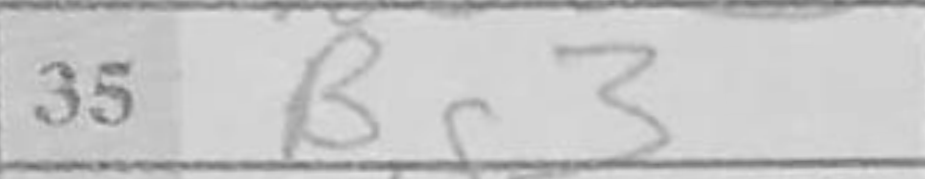
Transcription: Bg3